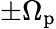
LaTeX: \pm\Omega_{\mathrm{p}}